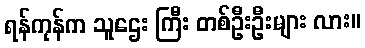
ရန်ကုန်က သူဌေး ကြီး တစ်ဦးဦးများ လား။